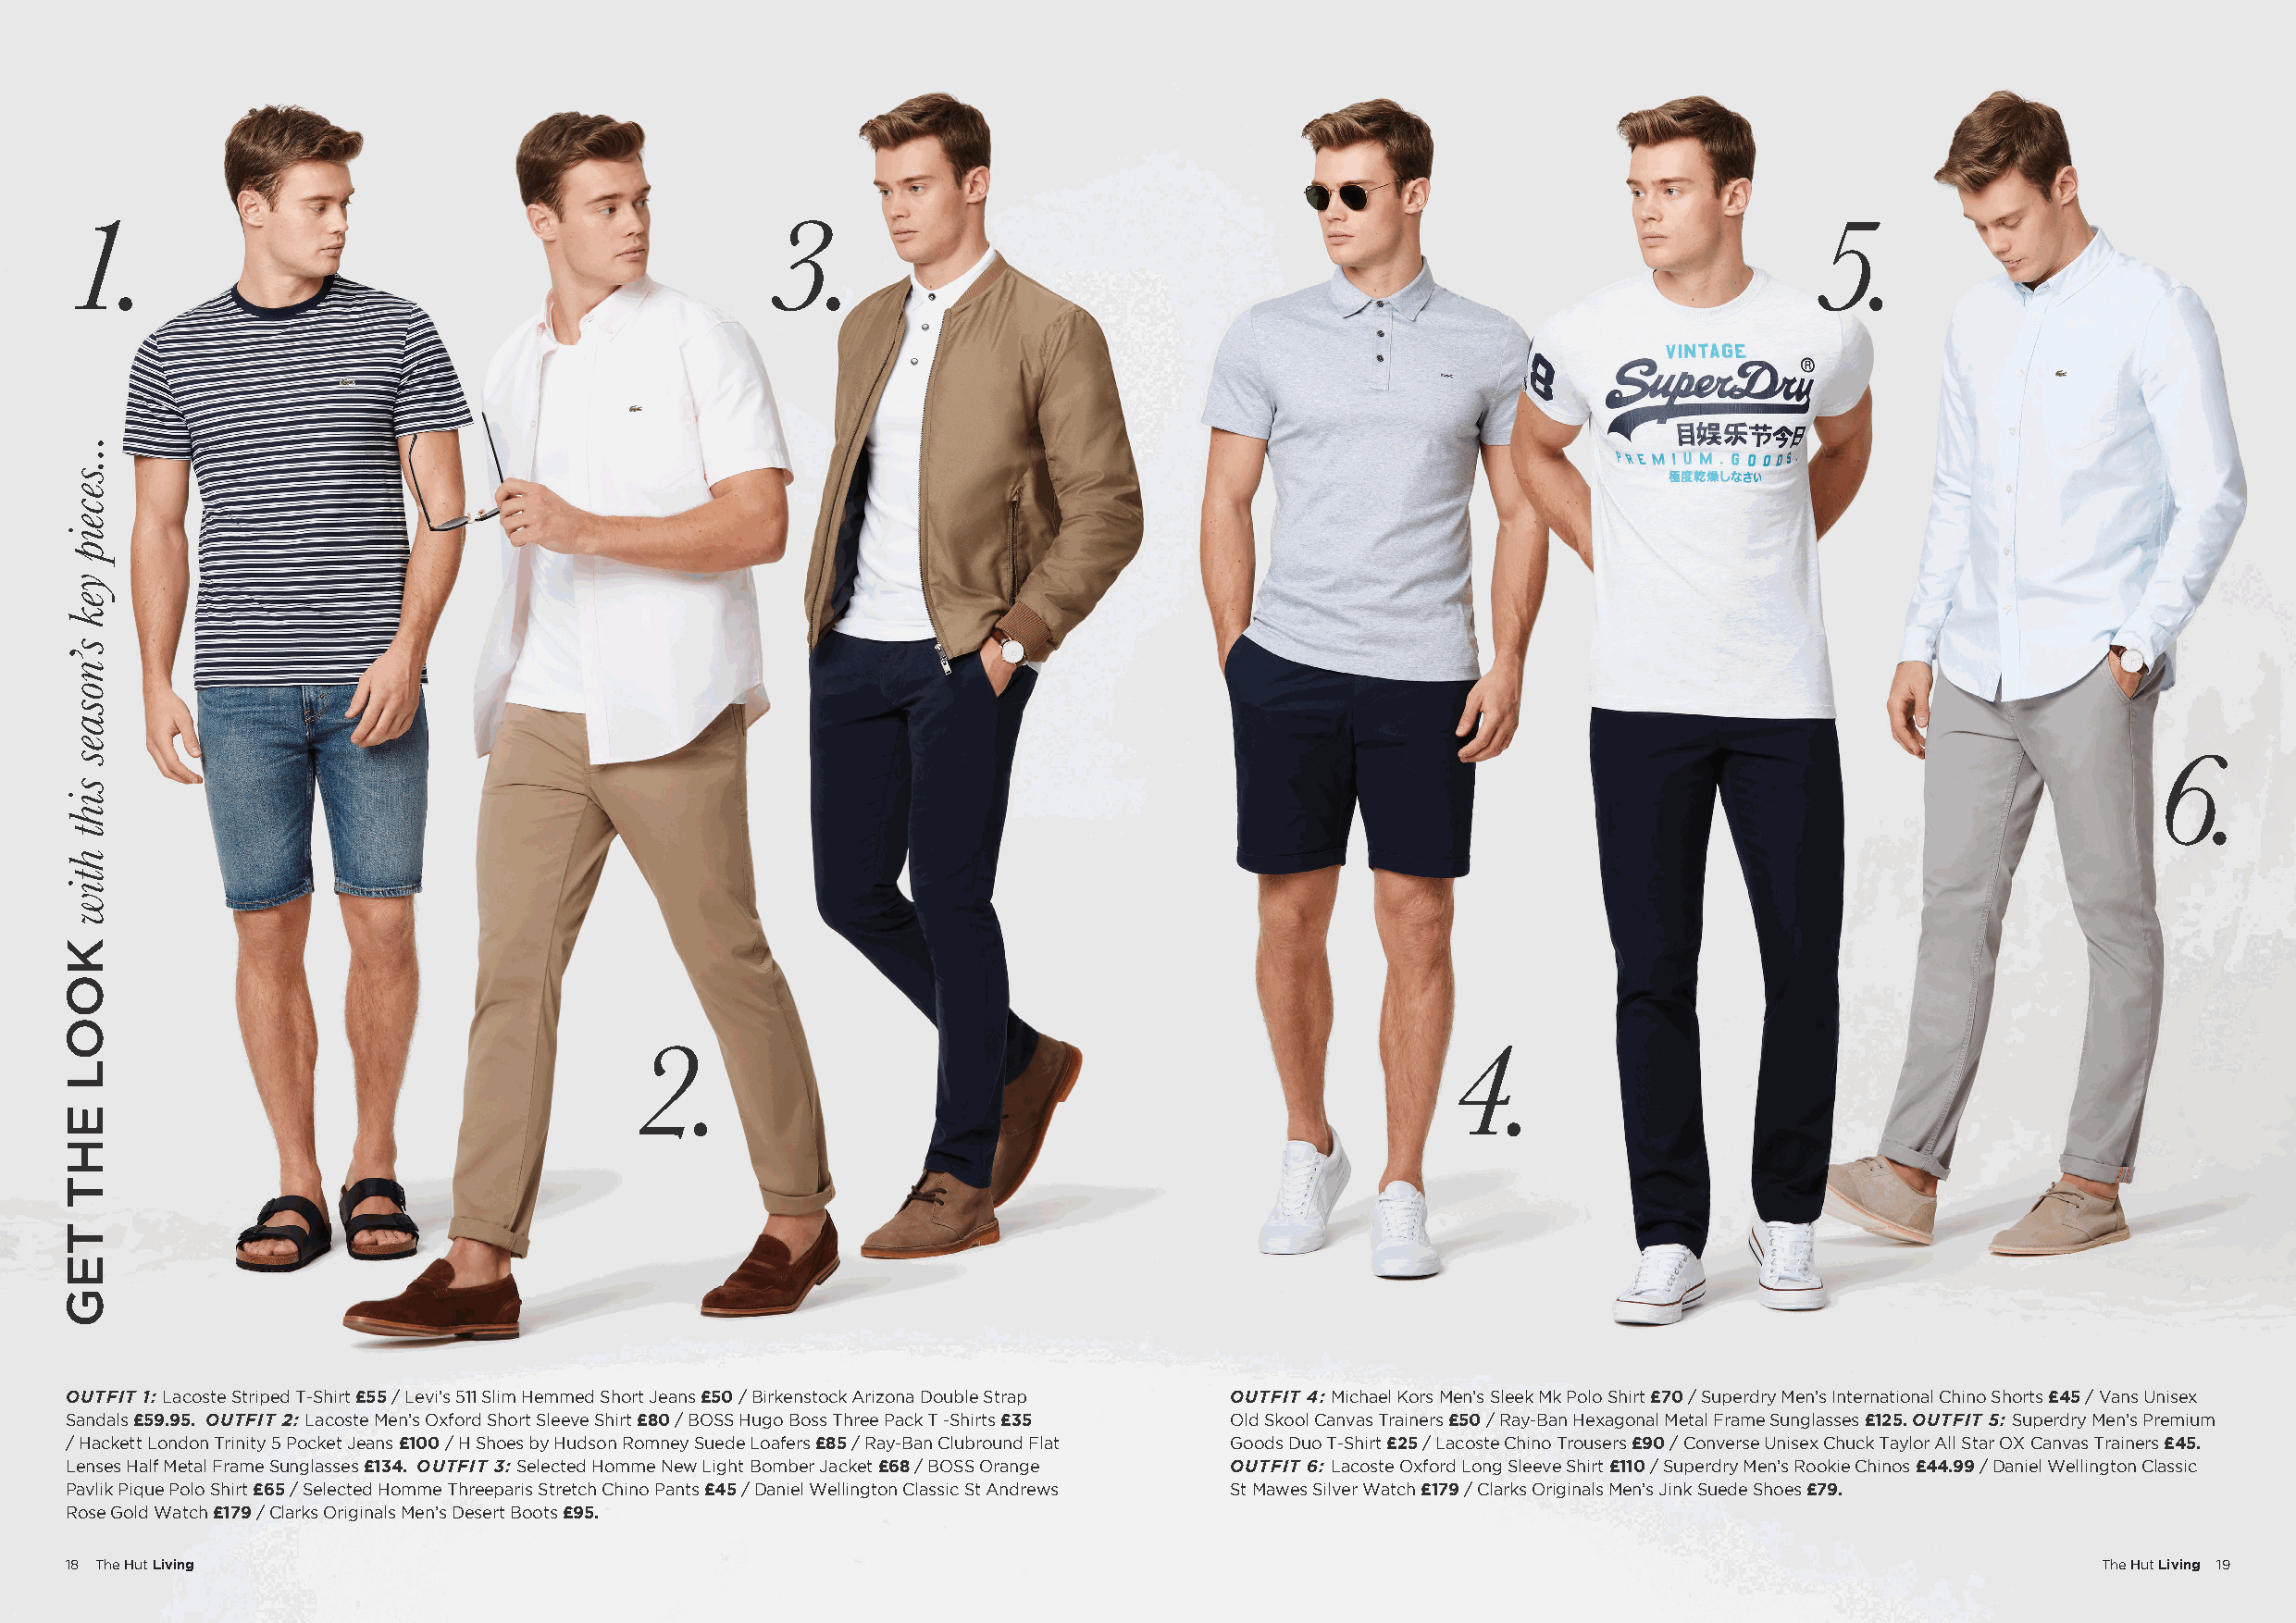
1.                                                3.                                                                         5.
 6.
 2.                                                         4.
 OUTFIT 1: Lacoste Striped T-Shirt £55 / Levi’s 511 Slim Hemmed Short Jeans £50 / Birkenstock Arizona Double Strap OUTFIT 4: Michael Kors Men’s Sleek Mk Polo Shirt £70 / Superdry Men’s International Chino Shorts £45 / Vans Unisex
 Sandals £59.95. OUTFIT 2: Lacoste Men’s Oxford Short Sleeve Shirt £80 / BOSS Hugo Boss Three Pack T -Shirts £35 Old Skool Canvas Trainers £50 / Ray-Ban Hexagonal Metal Frame Sunglasses £125. OUTFIT 5: Superdry Men’s Premium
 / Hackett London Trinity 5 Pocket Jeans £100 / H Shoes by Hudson Romney Suede Loafers £85 / Ray-Ban Clubround Flat Goods Duo T-Shirt £25 / Lacoste Chino Trousers £90 / Converse Unisex Chuck Taylor All Star OX Canvas Trainers £45.
 Lenses Half Metal Frame Sunglasses £134. OUTFIT 3: Selected Homme New Light Bomber Jacket £68 / BOSS Orange OUTFIT 6: Lacoste Oxford Long Sleeve Shirt £110 / Superdry Men’s Rookie Chinos £44.99 / Daniel Wellington Classic
 Pavlik Pique Polo Shirt £65 / Selected Homme Threeparis Stretch Chino Pants £45 / Daniel Wellington Classic St Andrews St Mawes Silver Watch £179 / Clarks Originals Men’s Jink Suede Shoes £79.
 Rose Gold Watch £179 / Clarks Originals Men’s Desert Boots £95.
 18 The Hut Living                                                                                                                                The Hut Living 19
 KOOL
 EHT
 TEG
 ...seceip
 yek
 s’nosaes
 siht
 htiw